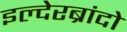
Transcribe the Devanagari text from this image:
इल्देरब्रांदो